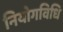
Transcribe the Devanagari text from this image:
नियोगविधि